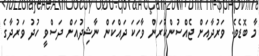
މާ ބޮޑެވެ. ވަރުދާއަށް ޖެއްސުންކުރަން ވާހަކަ ދައްކަން ނާޝިދުއަށް ދަސްވީ ހުދު ވަރުދާގެ